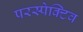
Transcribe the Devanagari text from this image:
परस्पेक्टिव